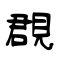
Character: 覠